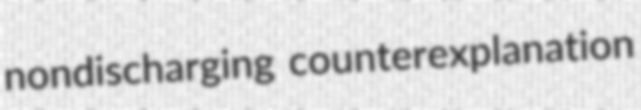
nondischarging counterexplanation